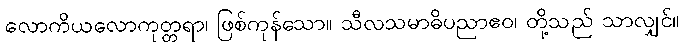
လောကိယလောကုတ္တရာ၊ ဖြစ်ကုန်သော။ သီလသမာဓိပညာဧဝ၊ တို့သည် သာလျှင်။